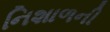
નિશાળની